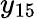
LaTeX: y_{15}